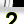
Digit: 2